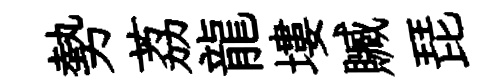
勢荔龍塿贓琵